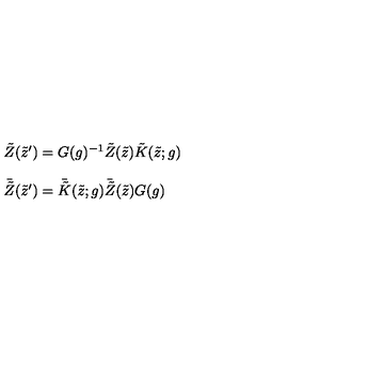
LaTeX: \begin{array} { l } { \tilde { Z } ( \tilde { z } ^ { \prime } ) = G ( g ) ^ { - 1 } \tilde { Z } ( \tilde { z } ) \tilde { K } ( \tilde { z } ; g ) } \\ { { } } \\ { \bar { \tilde { Z } } ( \tilde { z } ^ { \prime } ) = \bar { \tilde { K } } ( \tilde { z } ; g ) \bar { \tilde { Z } } ( \tilde { z } ) G ( g ) } \\ \end{array}